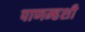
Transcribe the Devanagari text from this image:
पाणम्हशी